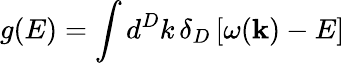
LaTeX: g(E)=\int d^{D}k\, \delta_{D}\left[\omega({\mathbf k})-E\right]